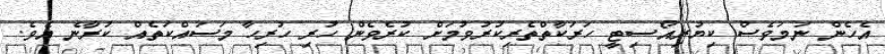
އެހެން ނަމަވެސް ކިޔުރިއޯސިޓީ ހަރަކާތްތެރިކުރުވުމަށް ކުރެވެން ހުރި ހުރިހާ މަސައްކަތެއް ކުރާނެ އެވެ.